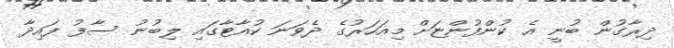
ދިރާގުން ބުނީ އެ ކުންފުންޏަށް މިއަހަރުގެ ދެވަނަ ކުއާޓާގައި ލިބުނު ސާފު ފައިދާ